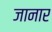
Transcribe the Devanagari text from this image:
जानार